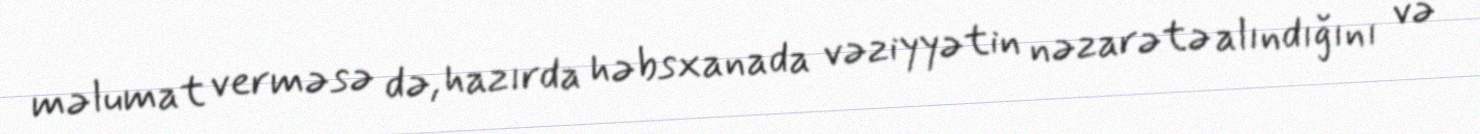
məlumat verməsə də, hazırda həbsxanada vəziyyətin nəzarətə alındığını və